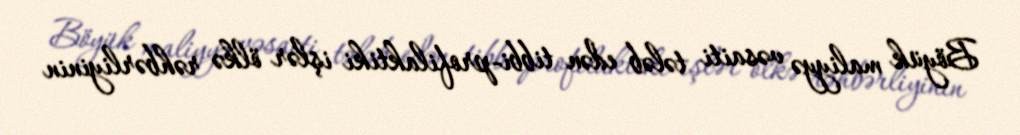
Böyük maliyyə vəsaiti tələb edən tibbi-profilaktiki işlər ölkə rəhbərliyinin